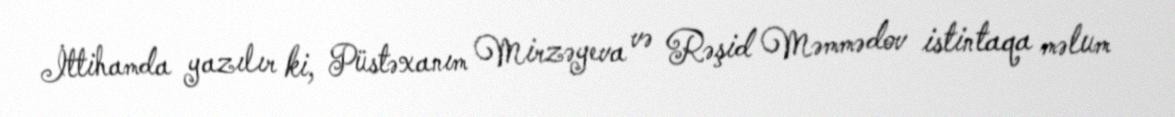
İttihamda yazılır ki, Püstəxanım Mirzəyeva və Rəşid Məmmədov istintaqa məlum